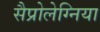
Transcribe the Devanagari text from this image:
सैप्रोलेग्निया